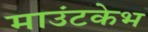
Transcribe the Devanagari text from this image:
माउंटकेभ